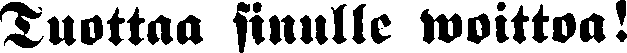
Tuottaa sinulle woittoa!